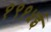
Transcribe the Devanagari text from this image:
१९१५ई